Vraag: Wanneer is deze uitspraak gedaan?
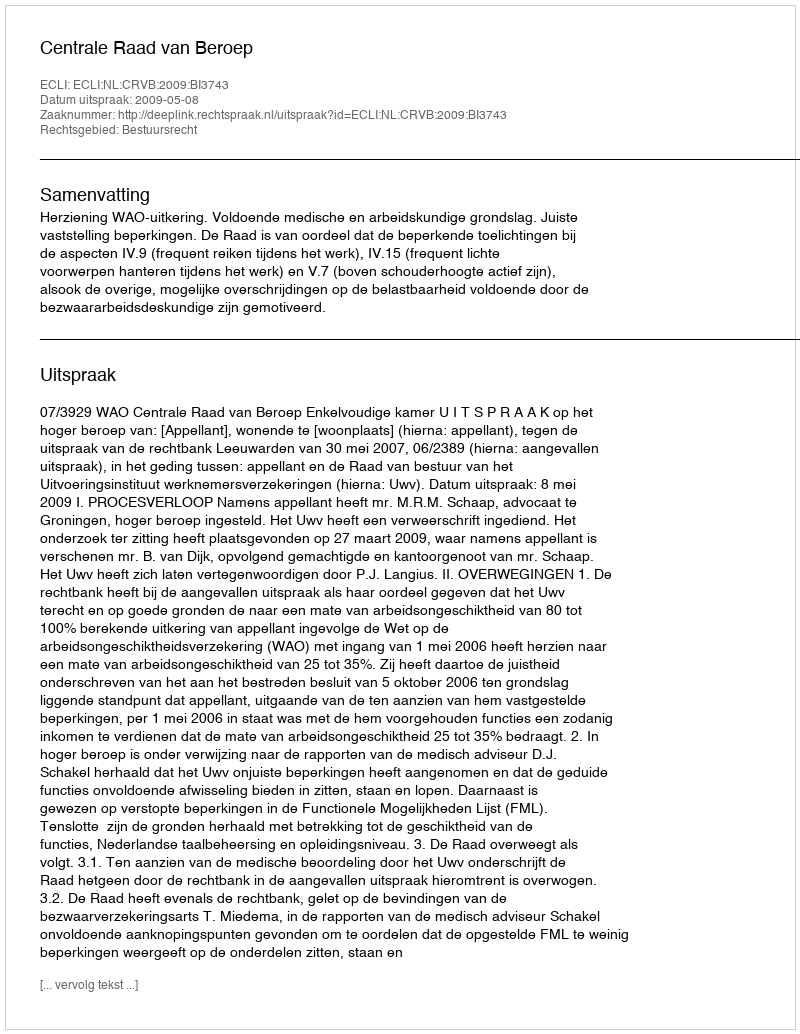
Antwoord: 2009-05-08